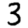
Digit: 3